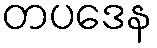
တပဒေန